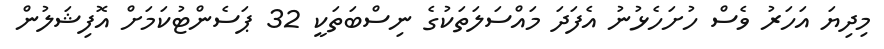
މިދިޔަ އަހަރު ވެސް ހުށަހެޅުނު އެފަދަ މައްސަލަތަކުގެ ނިސްބަތަކީ 32 ޕަސެންޓުކަމަށް އޮފިޝަލުން